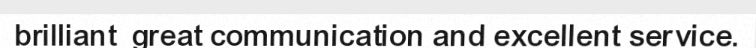
brilliant  great communication and excellent service.